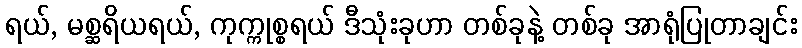
ရယ်, မစ္ဆရိယရယ်, ကုက္ကုစ္စရယ် ဒီသုံးခုဟာ တစ်ခုနဲ့ တစ်ခု အာရုံပြုတာချင်း